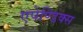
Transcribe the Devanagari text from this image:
एपेण्डिक्स